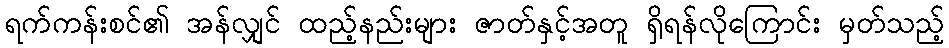
ရက်ကန်းစင်၏ အန်လျှင် ထည့်နည်းများ ဇာတ်နှင့်အတူ ရှိရန်လိုကြောင်း မှတ်သည့်